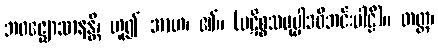
ဘဝဇ္ဈောသာနန္တိ၊ ဟူ၍ အာဟ၊ ၏။ (ပဋိစ္စသမုပ္ပါဒဝိဘင်းပါဠိ)။ တတ္ထ၊